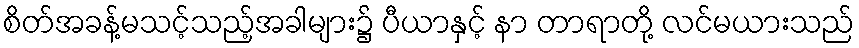
စိတ်အခန့်မသင့်သည့်အခါများ၌ ပီယာနှင့် နာ တာရာတို့ လင်မယားသည်